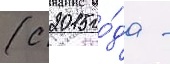
(с 2015 го́да -